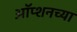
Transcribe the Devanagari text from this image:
ऑप्शनच्या